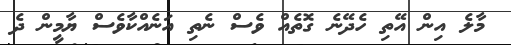
މާލެ އިން އޭތި ހެދޭނެ ގޮތެއް ވެސް ނެތި އަނެއްކާވެސް ޔާމީން ދެ